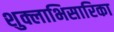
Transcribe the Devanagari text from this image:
शुक्लाभिसारिका